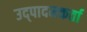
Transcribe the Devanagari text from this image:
उद्पादनकर्ता